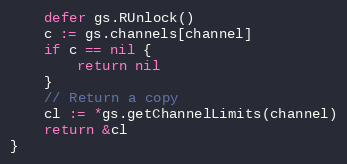
Language: Go
	defer gs.RUnlock()
	c := gs.channels[channel]
	if c == nil {
		return nil
	}
	// Return a copy
	cl := *gs.getChannelLimits(channel)
	return &cl
}